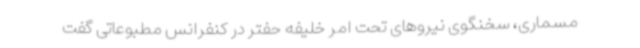
مسماری، سخنگوی نیروهای تحت امر خلیفه حفتر در کنفرانس مطبوعاتی گفت